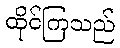
ထိုင်ကြသည်